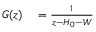
\begin{array} { r l } { G ( z ) } & { { } = \frac { 1 } { z - H _ { 0 } - W } } \end{array}